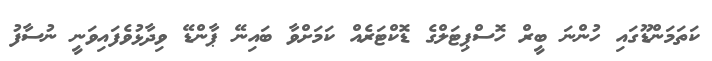
ކަތަމަންޑޫގައި ހުންނަ ބީރް ހޮސްޕިޓަލްގެ ޑޮކްޓަރެއް ކަމަށްވާ ބައިނޭ ޕާންޑޭ ވިދާޅުވެފައިވަނީ ނުސާފު